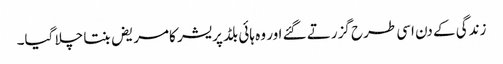
زندگی کے دن اسی طرح گزرتے گئے اور وہ ہائی بلڈ پریشر کامریض بنتا چلا گیا۔